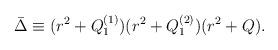
LaTeX: \begin{align*}\bar{\Delta}\equiv (r^2+Q^{(1)}_1)(r^2+Q^{(2)}_1)(r^2+Q).\end{align*}